Lui_Olesk, lk 29
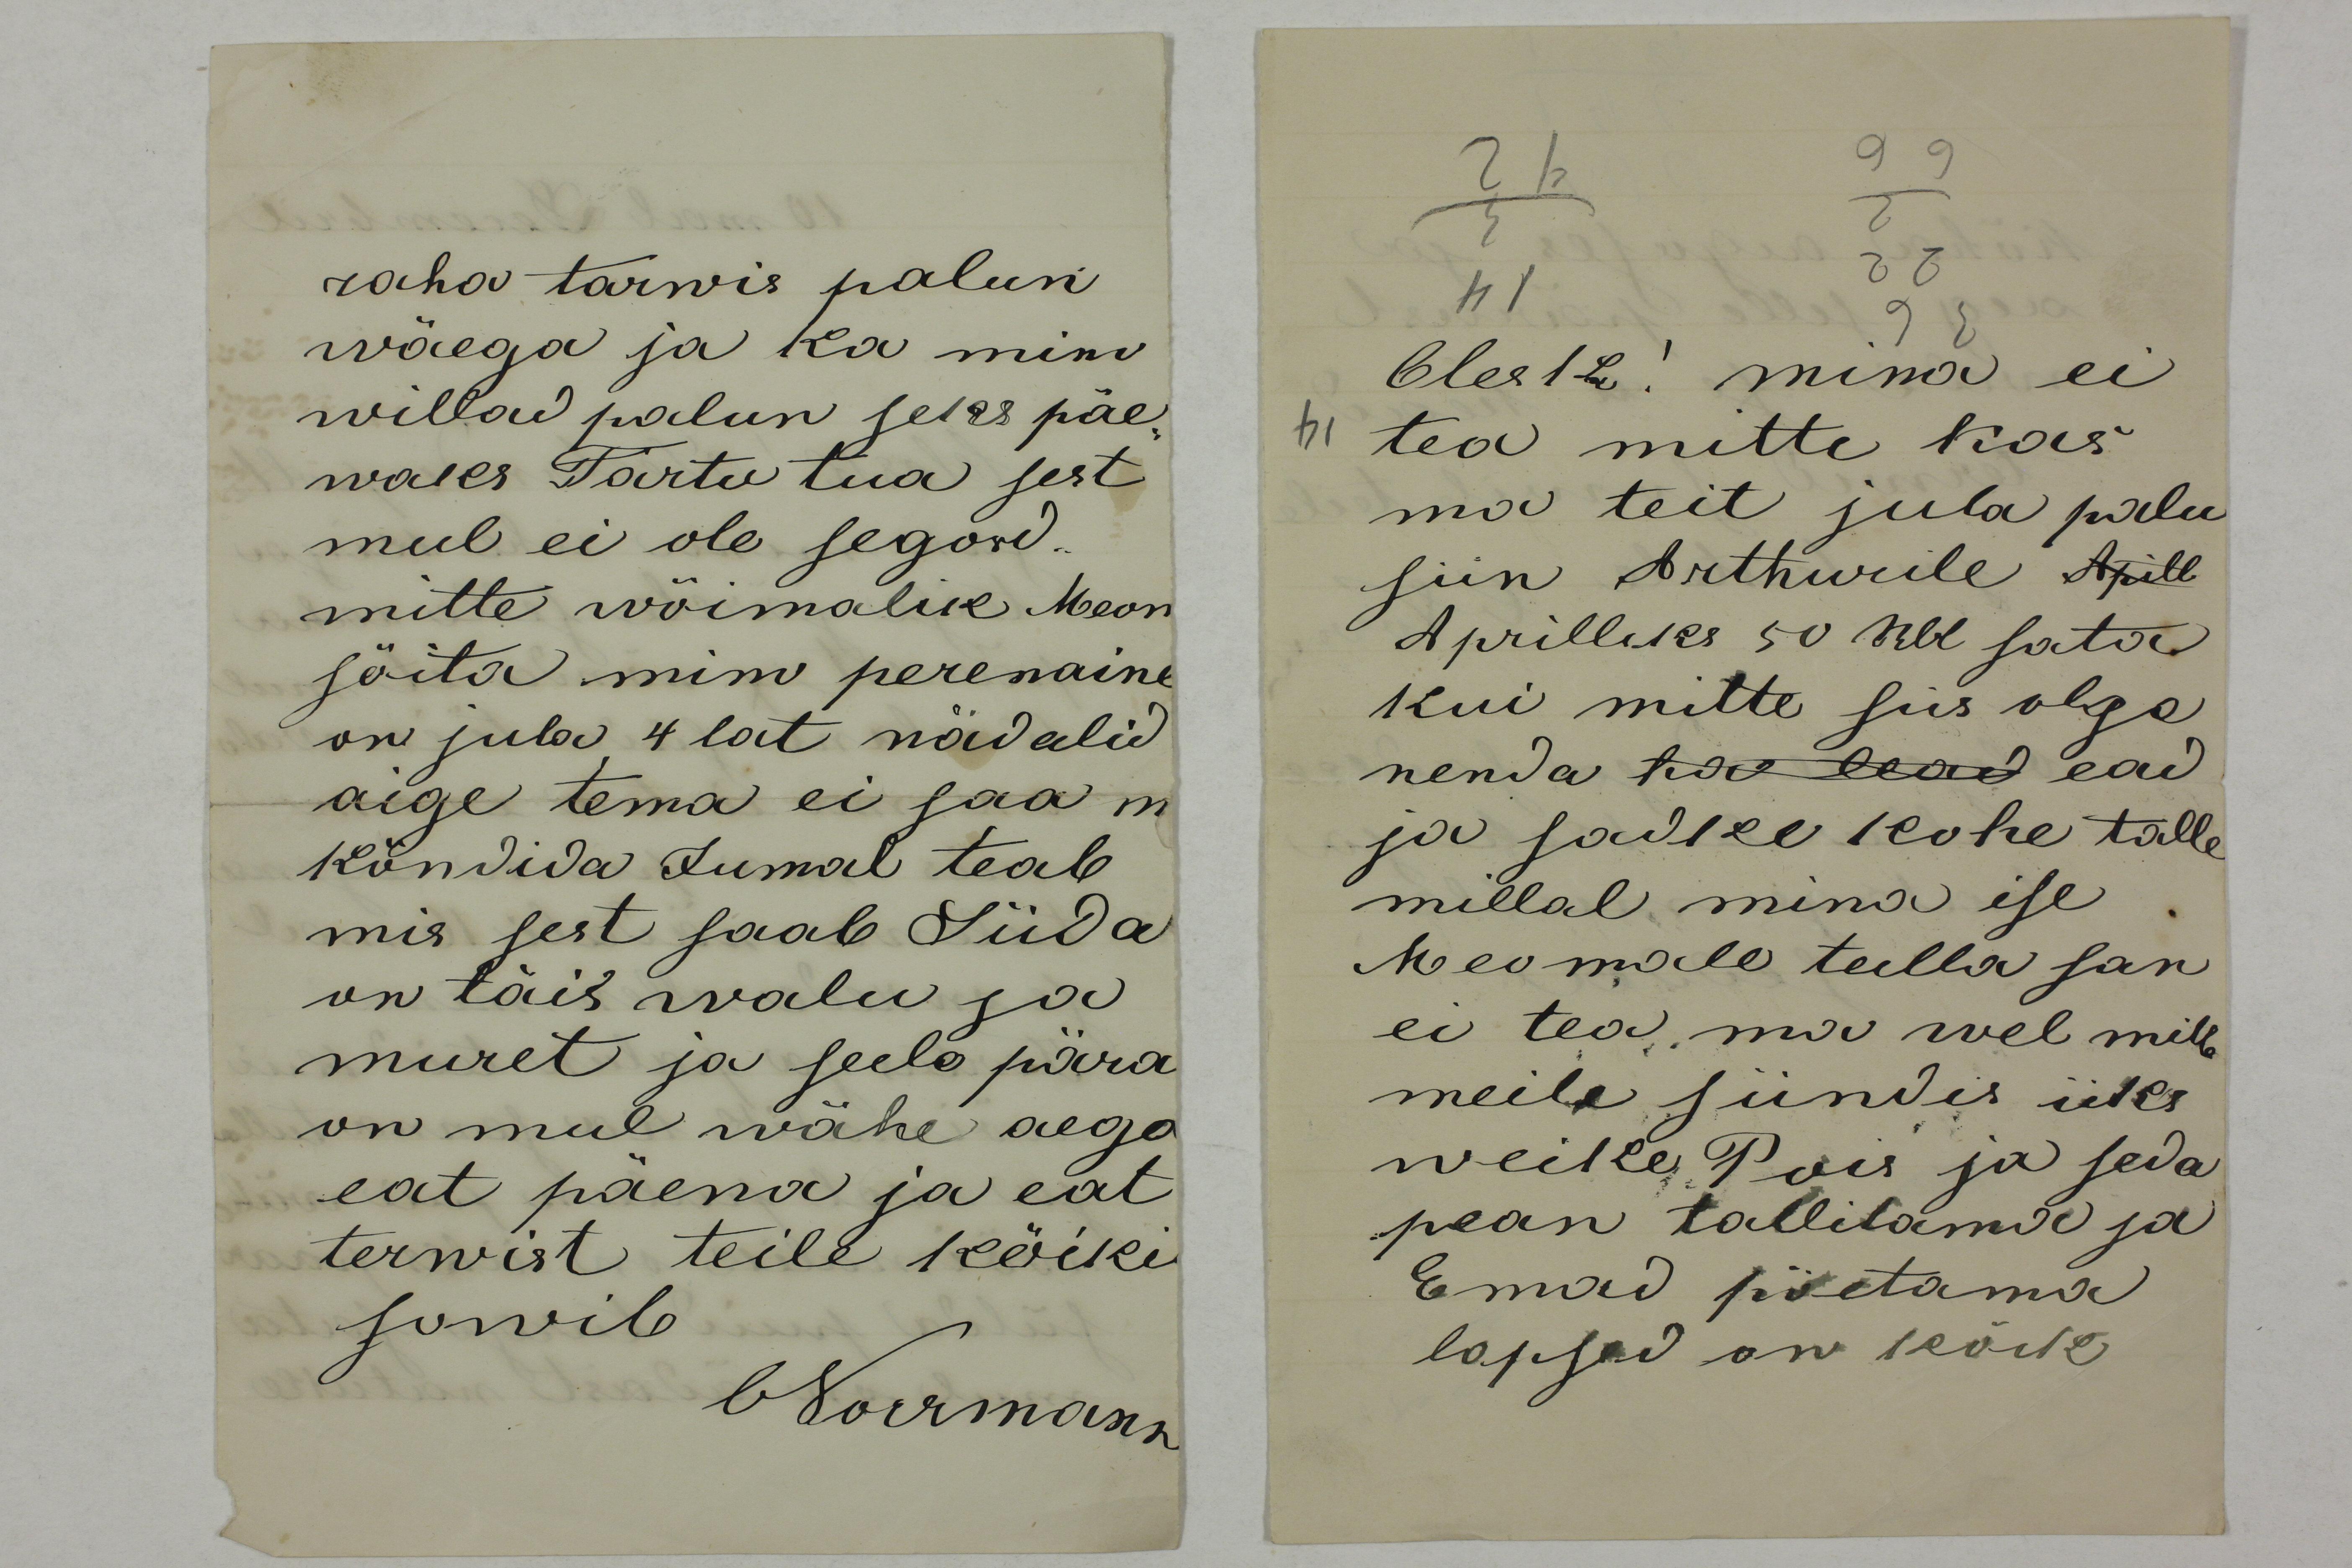
raha tarwis palun
wäega ja ka mino
willad palun seks päe-
waks Tartu tua sest
mul ei ole segord
mitte wõimalik Meon
sõita mino perenaine
on juba 4tat nädalid
aige tema ei saa m
kõndida Jumal teab
mis sest saab Süda
on täis walu ja
muret ja seele pära
on mul wähe aego
eat päewa ja eat 
terwist teile kõiki
sowib
ONorrmann

Olesk! mina ei
tea mitte kas
ma teit juba palu
siin Arthurile Apill 
Aprilliks 50 Rbl sata.
Kui mitte siis olge
nenda ha lead ead
ja sadke kohe talle
millal mina ise
Meomale tulla san
ei tea ma wel mitte
meile sündis üks
weike Pois ja seda
pean tallitama ja
Emad pöetama
lapsed on kõik